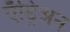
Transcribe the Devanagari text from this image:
ऍड्रिअन